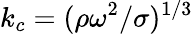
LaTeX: k_{c}=(\rho\omega^{2}/\sigma)^{1/3}